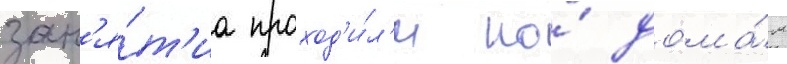
зан'я́т'иа проход'и́л'и по́ дома́м